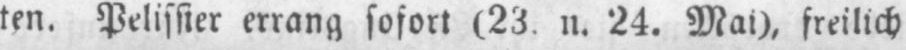
ten. Pelissier errang sofort (23. n. 24. Mai), freilich